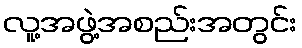
လူ့အဖွဲ့အစည်းအတွင်း